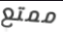
ممتع